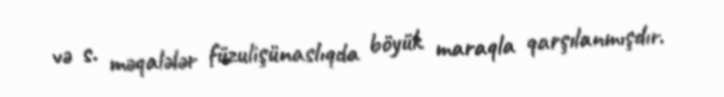
və s. məqalələr füzulişünaslıqda böyük maraqla qarşılanmışdır.